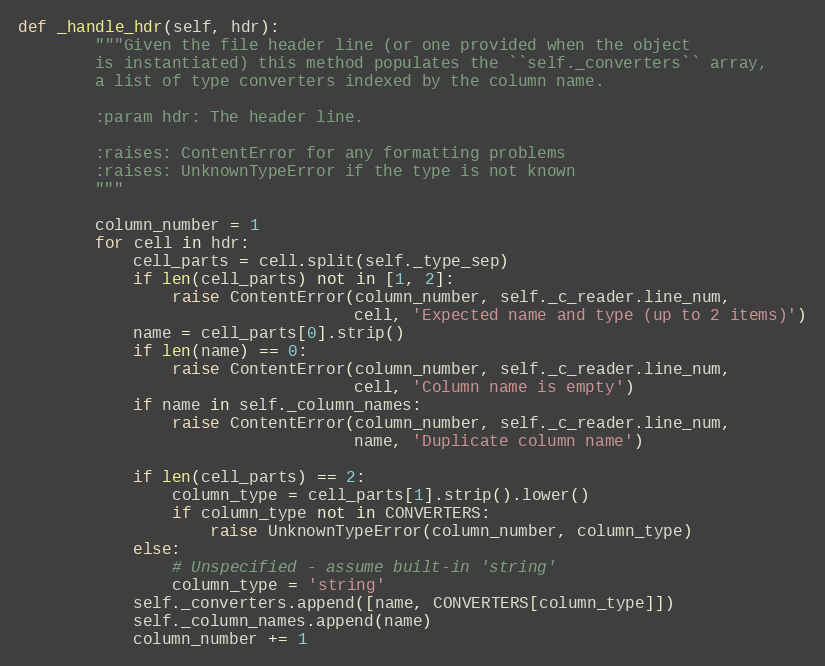
Language: Python
def _handle_hdr(self, hdr):
        """Given the file header line (or one provided when the object
        is instantiated) this method populates the ``self._converters`` array,
        a list of type converters indexed by the column name.

        :param hdr: The header line.

        :raises: ContentError for any formatting problems
        :raises: UnknownTypeError if the type is not known
        """

        column_number = 1
        for cell in hdr:
            cell_parts = cell.split(self._type_sep)
            if len(cell_parts) not in [1, 2]:
                raise ContentError(column_number, self._c_reader.line_num,
                                   cell, 'Expected name and type (up to 2 items)')
            name = cell_parts[0].strip()
            if len(name) == 0:
                raise ContentError(column_number, self._c_reader.line_num,
                                   cell, 'Column name is empty')
            if name in self._column_names:
                raise ContentError(column_number, self._c_reader.line_num,
                                   name, 'Duplicate column name')

            if len(cell_parts) == 2:
                column_type = cell_parts[1].strip().lower()
                if column_type not in CONVERTERS:
                    raise UnknownTypeError(column_number, column_type)
            else:
                # Unspecified - assume built-in 'string'
                column_type = 'string'
            self._converters.append([name, CONVERTERS[column_type]])
            self._column_names.append(name)
            column_number += 1